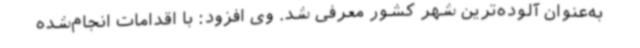
به‌عنوان آلوده‌ترین شهر کشور معرفی شد. وی افزود: با اقدامات انجام‌شده